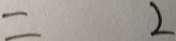
= 2